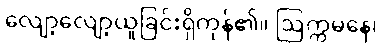
လျော့လျော့ယူခြင်းရှိကုန်၏။ ဩက္ကမနေ၊